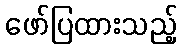
ဖော်ပြထားသည့်